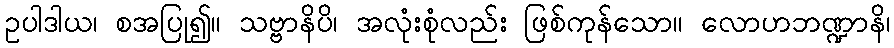
ဥပါဒါယ၊ စအပြု၍။ သဗ္ဗာနိပိ၊ အလုံးစုံလည်း ဖြစ်ကုန်သော။ လောဟဘဏ္ဍာနိ၊